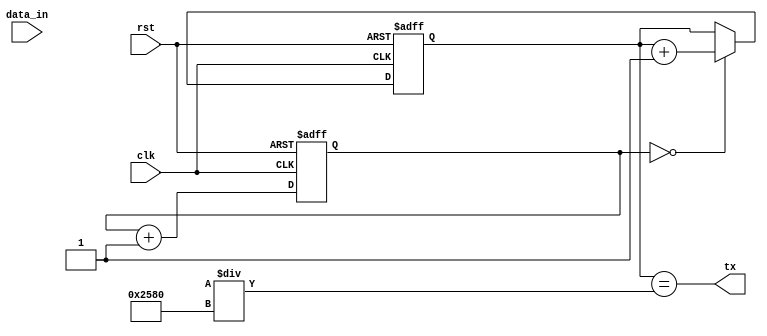
module uart_transmitter (
  input clk,      // system clock signal
  input rst,      // reset signal
  input data_in,  // input data to be transmitted
  output reg tx    // output data transmission signal
);

// Clock generator block
reg [15:0] counter;
always @(posedge clk or posedge rst) begin
  if (rst) begin
    counter <= 16'b0;
  end else begin
    counter <= counter + 1;
  end
end

// Baud rate generator block
reg [7:0] baud_rate_counter;
parameter BAUD_RATE = 9600; // baud rate in bps
always @(posedge clk or posedge rst) begin
  if (rst) begin
    baud_rate_counter <= 8'b0;
  end else begin
    if (counter == 16'd0) begin
      baud_rate_counter <= baud_rate_counter + 1;
    end
  end
end
assign tx = baud_rate_counter == (clk_freq/BAUD_RATE);

// Data buffer block
reg [7:0] data_buffer;
always @(posedge clk or posedge rst) begin
  if (rst) begin
    data_buffer <= 8'b0;
  end else begin
    data_buffer <= data_in;
  end
end

// Control logic block
reg [2:0] state;
parameter IDLE = 3'b000, TRANSMITTING = 3'b001;
always @(posedge clk or posedge rst) begin
  if (rst) begin
    state <= IDLE;
  end else begin
    case(state)
      IDLE: begin
        if (tx) begin
          state <= TRANSMITTING;
        end
      end
      TRANSMITTING: begin
        if (tx) begin
          state <= IDLE;
        end
      end
    endcase
  end
end

endmodule